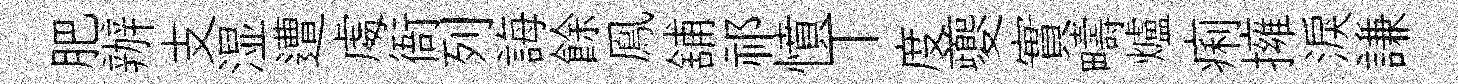
肥辦支湿遭䖏衙列誨餘鳯舖祁憤丅度夔實疇爐痢擁淚謙